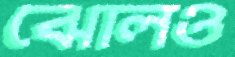
ঝোলও